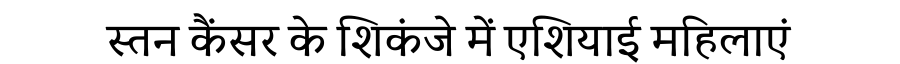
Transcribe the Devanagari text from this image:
स्तन कैंसर के शिकंजे में एशियाई महिलाएं